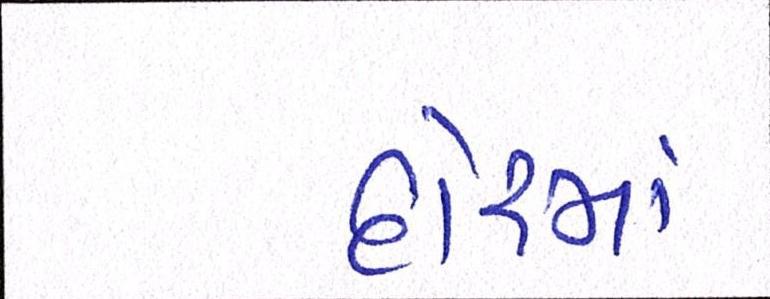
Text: દોરમાં